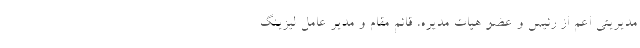
مدیریتی اعم از رئیس و عضو هیات مدیره، قائم مقام و مدیر عامل لیزینگ